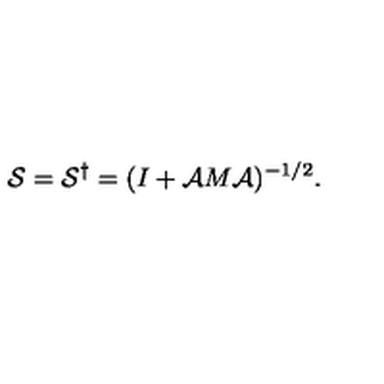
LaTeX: { \cal S } = { \cal S } ^ { \dagger } = ( I + { \cal A } M { \cal A } ) ^ { - 1 / 2 } .